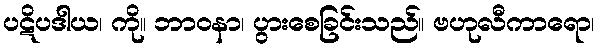
ပဋိပဒါယ၊ ကို။ ဘာဝနာ၊ ပွားစေခြင်းသည်။ ဗဟုလီကာရော၊